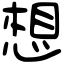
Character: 想